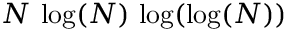
N \, \log ( N ) \, \log ( \log ( N ) )